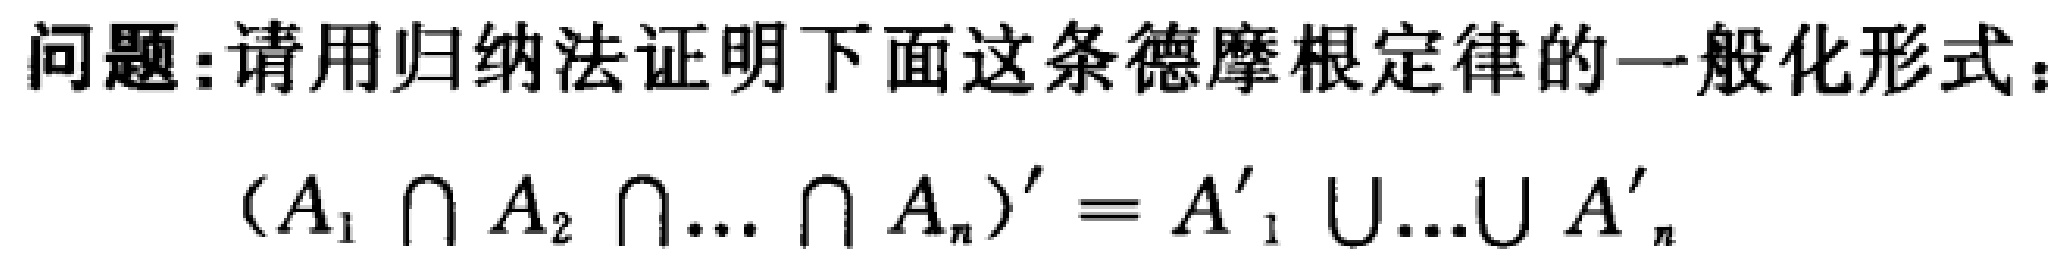
问题：请用归纳法证明下面这条德摩根定律的一般化形式：

\((A_1 \cap A_2 \cap\cdots \cap A_n)' = A_1' \cup\cdots\cup A_n'\)